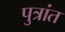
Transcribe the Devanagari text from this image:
पुत्रांत